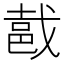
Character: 𨚵